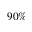
9 0 \%